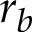
r _ { b }